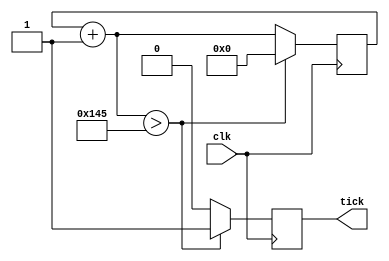
`timescale 1ns / 1ps

module BRG(
    //INPUTS
    input clk,
    //OUTPUTS
	output reg tick
    );
    
    parameter FreqClock = 100000000;	//100Mhz
	parameter BaudRate = 19200;	//Frecuencia de muestreo
	parameter Ticks = 16;			//Muestras por BaudRate
	parameter max=FreqClock/(BaudRate*16);
	reg [8:0] contador = 0;
	
	always @(posedge clk) //Memory
	begin
		contador = contador + 1;
		if(contador > max)
			begin
				tick = 1;
				contador = 0;
			end
		else
			tick = 0;
	end
endmodule